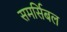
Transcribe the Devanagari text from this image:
समर्सिबल